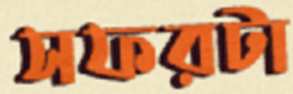
সফরটা